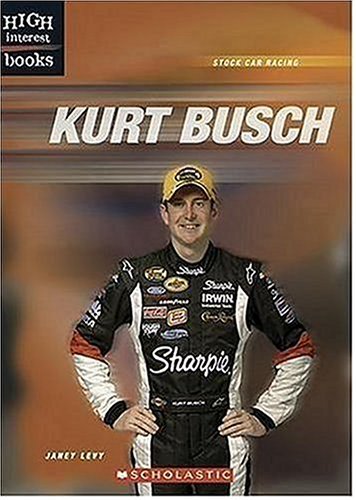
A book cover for Kurt Busch (High Interest Books: Stock Car Racing); Janey Levy; Teen & Young Adult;